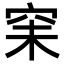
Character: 𥥘